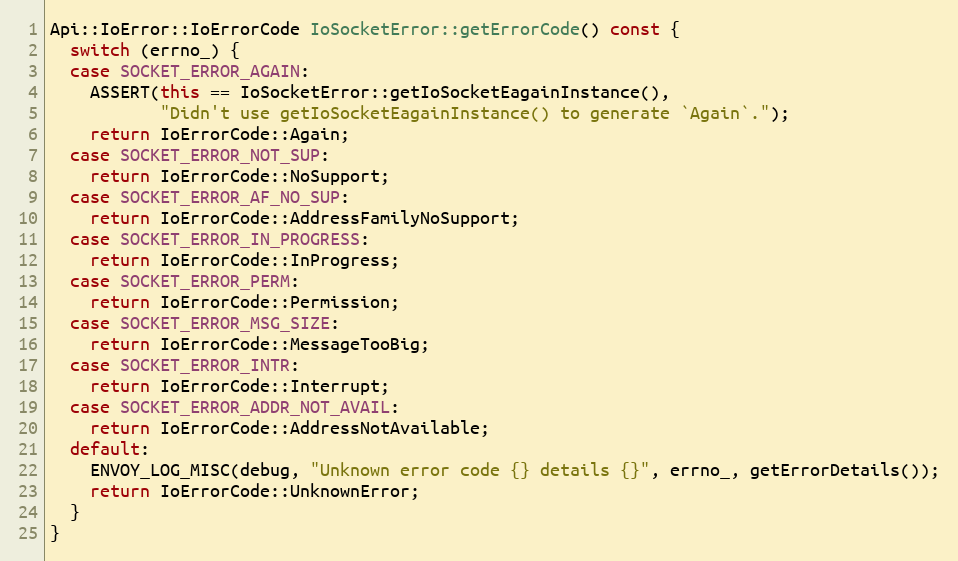
Language: C++
Api::IoError::IoErrorCode IoSocketError::getErrorCode() const {
  switch (errno_) {
  case SOCKET_ERROR_AGAIN:
    ASSERT(this == IoSocketError::getIoSocketEagainInstance(),
           "Didn't use getIoSocketEagainInstance() to generate `Again`.");
    return IoErrorCode::Again;
  case SOCKET_ERROR_NOT_SUP:
    return IoErrorCode::NoSupport;
  case SOCKET_ERROR_AF_NO_SUP:
    return IoErrorCode::AddressFamilyNoSupport;
  case SOCKET_ERROR_IN_PROGRESS:
    return IoErrorCode::InProgress;
  case SOCKET_ERROR_PERM:
    return IoErrorCode::Permission;
  case SOCKET_ERROR_MSG_SIZE:
    return IoErrorCode::MessageTooBig;
  case SOCKET_ERROR_INTR:
    return IoErrorCode::Interrupt;
  case SOCKET_ERROR_ADDR_NOT_AVAIL:
    return IoErrorCode::AddressNotAvailable;
  default:
    ENVOY_LOG_MISC(debug, "Unknown error code {} details {}", errno_, getErrorDetails());
    return IoErrorCode::UnknownError;
  }
}